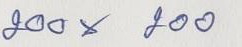
200 x 200